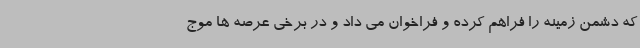
که دشمن زمینه را فراهم کرده و فراخوان می داد و در برخی عرصه ها موج